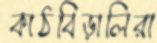
কাঠবিড়ালিরা